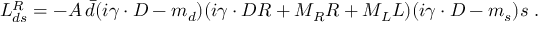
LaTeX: { \cal { L } } _ { d s } ^ { R } = - A \, \bar { d } ( i \gamma \cdot D - m _ { d } ) ( i \gamma \cdot D R + M _ { R } R + M _ { L } L ) ( i \gamma \cdot D - m _ { s } ) s \; .